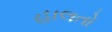
હાલતો